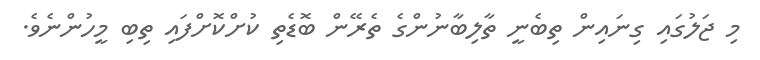
މި ޖަލުގައި ގިނައިން ތިބެނީ ތާލިބާނުންގެ ތެރޭން ބޮޑެތި ކުށްކޮށްފައި ތިބި މީހުންނެވެ.